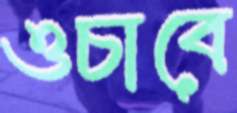
ওচাবে